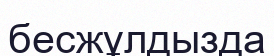
бесжұлдызда